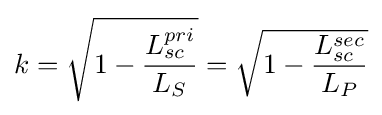
k={\sqrt {1-{\frac {L_{sc}^{pri}}{L_{S}}}}}={\sqrt {1-{\frac {L_{sc}^{sec}}{L_{P}}}}}